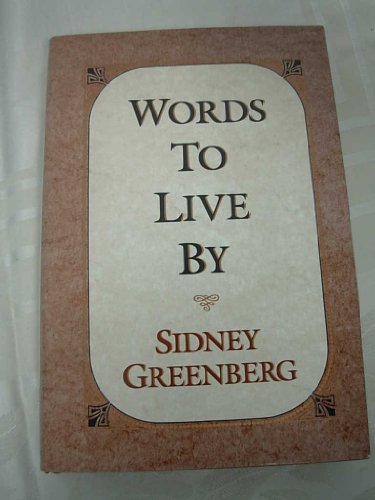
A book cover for Words to Live by: Selected Writings; Sidney Greenberg; Religion & Spirituality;